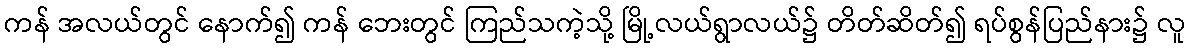
ကန် အလယ်တွင် နောက်၍ ကန် ဘေးတွင် ကြည်သကဲ့သို့ မြို့လယ်ရွာလယ်၌ တိတ်ဆိတ်၍ ရပ်စွန်ပြည်နား၌ လူ